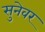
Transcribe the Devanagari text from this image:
सुनेवर